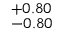
^ { + 0 . 8 0 } _ { - 0 . 8 0 }